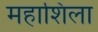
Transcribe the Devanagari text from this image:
महाशिला